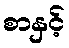
စာနှင့်